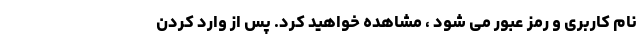
نام کاربری و رمز عبور می شود ، مشاهده خواهید کرد. پس از وارد کردن